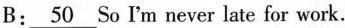
B:\underline{50} So I'm never late for work.